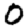
Digit: 0